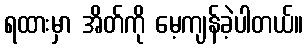
ရထားမှာ အိတ်ကို မေ့ကျန်ခဲ့ပါတယ်။